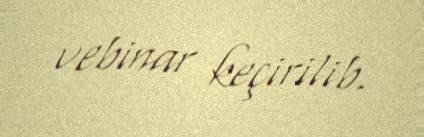
vebinar keçirilib.